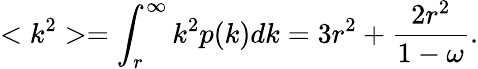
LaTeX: <k^{2}>=\int_{r}^{\infty}k^{2}p(k)dk=3r^{2}+\frac{2r^{2}}{1-\omega}.